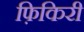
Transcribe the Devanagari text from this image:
फ़िकिरी